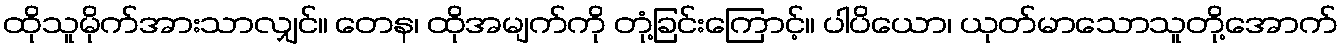
ထိုသူမိုက်အားသာလျှင်။ တေန၊ ထိုအမျက်ကို တုံ့ခြင်းကြောင့်။ ပါပိယော၊ ယုတ်မာသောသူတို့အောက်